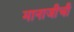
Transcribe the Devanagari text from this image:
मानाजीची